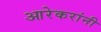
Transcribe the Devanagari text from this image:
आरेकरांनी